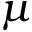
\mu